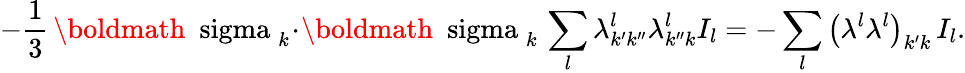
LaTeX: -\frac{1}{3}\, \mathrm{\boldmath~\ sigma~}_{k}\! \cdot\! \mathrm{\boldmath~\ sigma~}_{k}\, \sum_{l}\lambda_{k^{\prime}k^{\prime\prime}}^{l}\lambda_{k^{\prime\prime}k}^{l}I_{l}=-\sum_{l}\left(\lambda^{l}\lambda^{l}\right)_{k^{\prime}k}\, I_{l}.